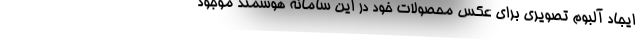
ایجاد آلبوم تصویری برای عکس محصولات خود در این سامانه هوشمند موجود